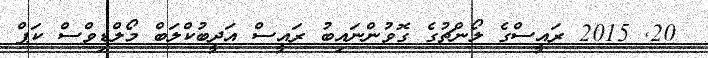
20